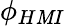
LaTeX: \phi_{H\mathit{M}I}